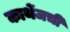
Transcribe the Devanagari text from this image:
कार्थेजची